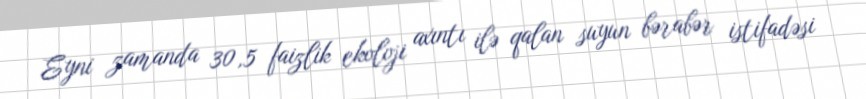
Eyni zamanda 30,5 faizlik ekoloji axıntı ilə qalan suyun bərabər istifadəsi